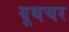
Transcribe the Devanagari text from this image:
यूथचर